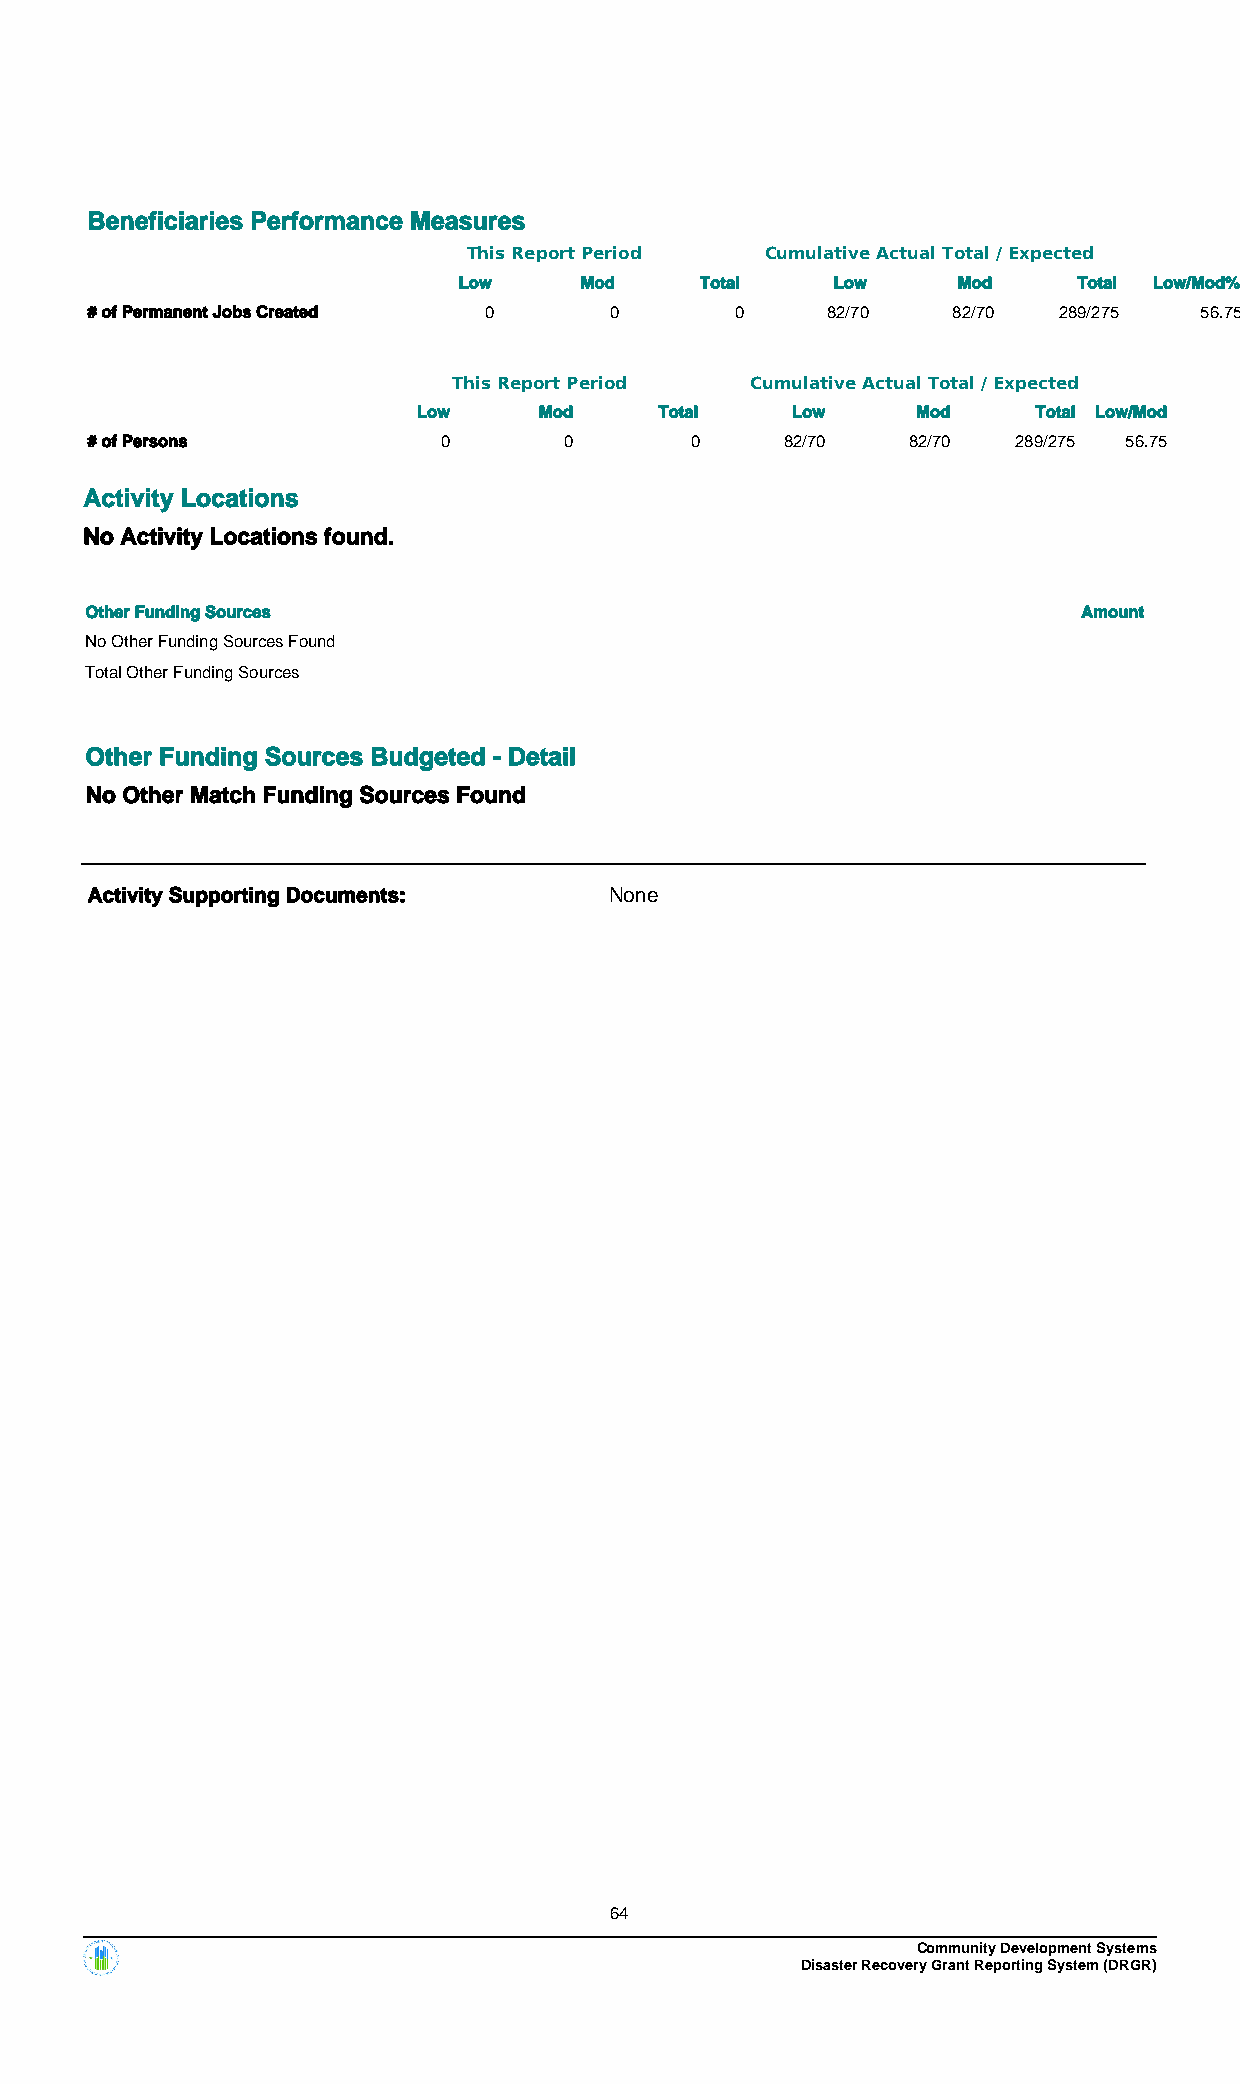
Beneficiaries Performance Measures
 This Report Period  Cumulative Actual Total / Expected
 Low     Mod     Total    Low     Mod     Total Low/Mod%
 # of Permanent Jobs Created 0     0        0     82/70   82/70  289/275  56.75
 This Report Period  Cumulative Actual Total / Expected
 Low     Mod     Total   Low      Mod     Total Low/Mod
 # of Persons           0       0        0     82/70   82/70  289/275 56.75
 Activity Locations
 No Activity Locations found.
 Other Funding Sources                                             Amount
 No Other Funding Sources Found
 Total Other Funding Sources
 Other Funding Sources Budgeted - Detail
 No Other Match Funding Sources Found
 Activity Supporting Documents:    None
 64
 Community Development Systems
 Disaster Recovery Grant Reporting System (DRGR)